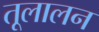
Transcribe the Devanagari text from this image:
तूलालन